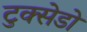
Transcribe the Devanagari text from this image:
टुक्सेडो